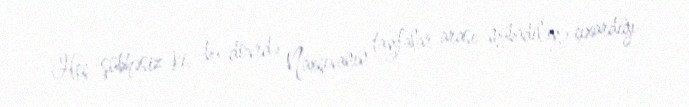
Heç şübhəsiz ki, bu dövrdə Naxçıvanın tayfalar arası mübadiləyə çıxardığı